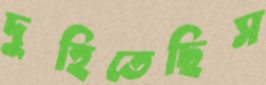
দুহিতেছিস